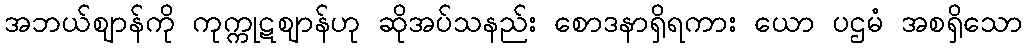
အဘယ်ဈာန်ကို ကုက္ကုဋဈာန်ဟု ဆိုအပ်သနည်း စောဒနာရှိရကား ယော ပဌမံ အစရှိသော